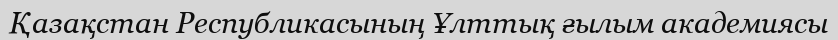
Қазақстан Республикасының Ұлттық ғылым академиясы